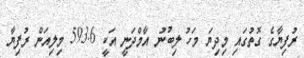
ރުފިޔާގެ ގޮތުގައި މިދިޔަ މަހު ލިބުނު އާމްދަނީ އަކީ 593.6 މިލިއަން ރުފިޔާ